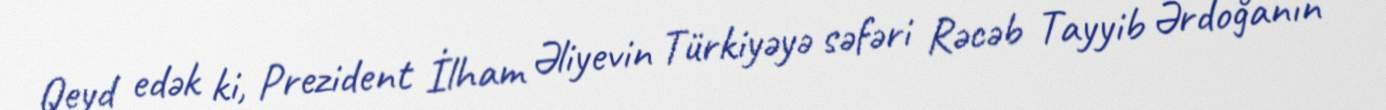
Qeyd edək ki, Prezident İlham Əliyevin Türkiyəyə səfəri Rəcəb Tayyib Ərdoğanın